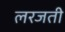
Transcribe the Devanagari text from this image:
लरजती